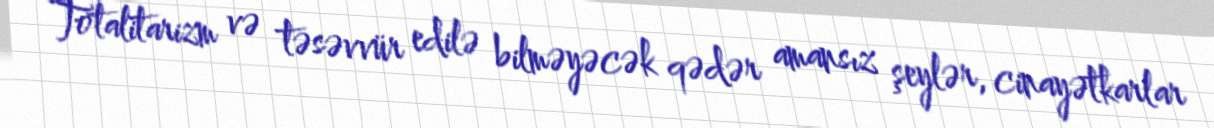
Totalitarizm və təsəvvür edilə bilməyəcək qədər amansız şeylər, cinayətkarlar